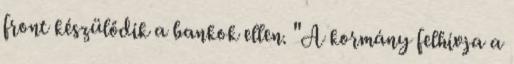
front készülődik a bankok ellen. "A kormány felhívja a